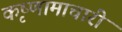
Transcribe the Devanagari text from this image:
कृष्णामाचारी